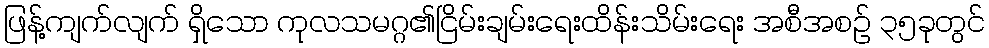
ဖြန့်ကျက်လျက် ရှိသော ကုလသမဂ္ဂ၏ငြိမ်းချမ်းရေးထိန်းသိမ်းရေး အစီအစဉ် ၃၅ခုတွင်